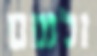
ולשם